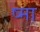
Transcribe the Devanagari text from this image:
ष्मा